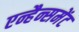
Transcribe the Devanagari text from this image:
एन्हैन्समेंट